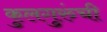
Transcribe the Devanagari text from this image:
कुलगुरुंची